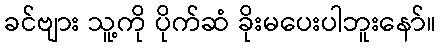
ခင်ဗျား သူ့ကို ပိုက်ဆံ ခိုးမပေးပါဘူးနော်။